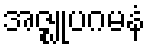
အဇ္ဈုပဂမနံ